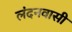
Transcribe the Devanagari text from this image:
लंदनवासी